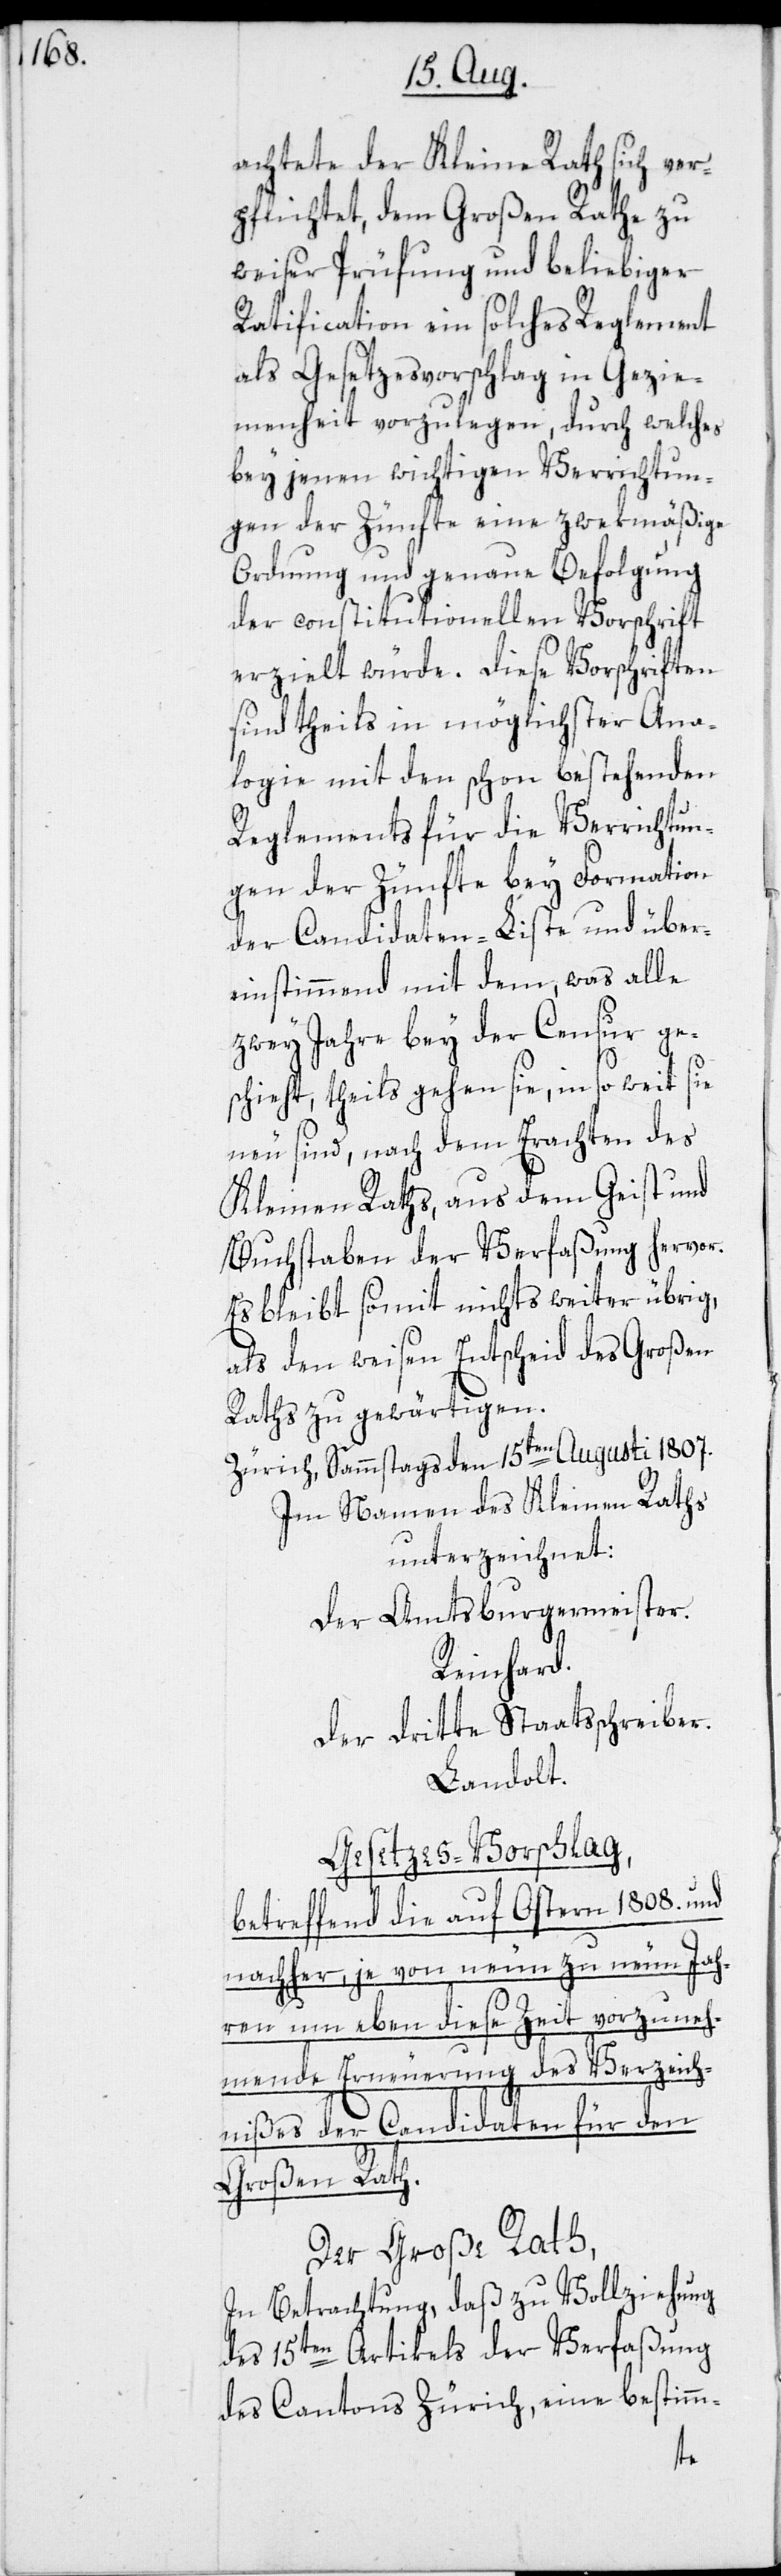
achtete der Kleine Rath sich ver¬
pflichtet, dem Großen Rathe zu
weiser Prüfung und beliebiger
Ratification ein solches Reglement
als Gesetzesvorschlag in Gezie¬
menheit vorzulegen, durch welches
bey jenen wichtigen Verrichtun¬
gen der Zünfte eine zwekmäßige
Ordnung und genaue Befolgung
der constitutionellen Vorschrift
erzielt würde. Diese Vorschriften
sind theils in möglichster Ana¬
logie mit den schon bestehenden
Reglements für die Verrichtun¬
gen der Zünfte bey Formation
der Candidaten-Liste und über¬
einstimmend mit dem, was alle
zwey Jahre bey der Censur ges¬
chieht, theils gehen sie, in so weit sie
neu sind, nach dem Erachten des
Kleinen Raths, aus dem Geist und
Buchstaben der Verfaßung hervor.
Es bleibt somit nichts weiter übrig,
als den weisen Entscheid des Großen
Raths zu gewärtigen.
Zürich, Sammstags den 15ten Augusti 1807.
Im Namen des Kleinen Raths
unterzeichnet:
Der Amtsburgermeister.
Reinhard.
Der dritte Staatsschreiber.
Landolt.
Gesetzes-Vorschlag,
betreffend die auf Ostern 1808. und
nachher, je von neun zu neun Jah¬
ren um eben diese Zeit vorzuneh¬
mende Erneuerung des Verzeich¬
nißes der Candidaten für den
Großen Rath.
Der Große Rath,
In Betrachtung, daß zu Vollziehung
des 15ten Artikels der Verfaßung
des Cantons Zürich, eine bestimm-